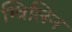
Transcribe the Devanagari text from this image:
ग्विलिन